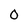
Character: 0